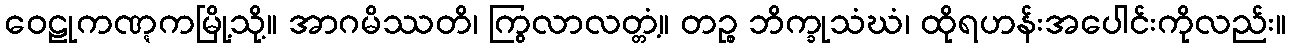
ဝေဠုကဏ္ဋကမြို့သို့။ အာဂမိဿတိ၊ ကြွလာလတ္တံ့။ တဉ္စ ဘိက္ခုသံဃံ၊ ထိုရဟန်းအပေါင်းကိုလည်း။